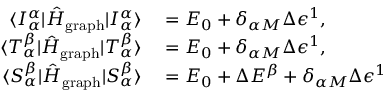
\begin{array} { r l } { \langle I _ { \alpha } ^ { \alpha } | \hat { H } _ { \mathrm { g r a p h } } | I _ { \alpha } ^ { \alpha } \rangle } & { { } = E _ { 0 } + \delta _ { \alpha M } \Delta \epsilon ^ { 1 } , } \\ { \langle T _ { \alpha } ^ { \beta } | \hat { H } _ { \mathrm { g r a p h } } | T _ { \alpha } ^ { \beta } \rangle } & { { } = E _ { 0 } + \delta _ { \alpha M } \Delta \epsilon ^ { 1 } , } \\ { \langle S _ { \alpha } ^ { \beta } | \hat { H } _ { \mathrm { g r a p h } } | S _ { \alpha } ^ { \beta } \rangle } & { { } = E _ { 0 } + \Delta E ^ { \beta } + \delta _ { \alpha M } \Delta \epsilon ^ { 1 } } \end{array}